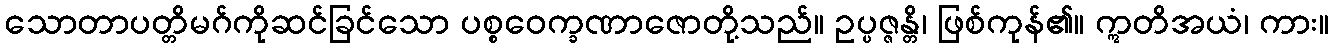
သောတာပတ္တိမဂ်ကိုဆင်ခြင်သော ပစ္စဝေက္ခဏာဇောတို့သည်။ ဥပ္ပဇ္ဇန္တိ၊ ဖြစ်ကုန်၏။ ဣတိအယံ၊ ကား။